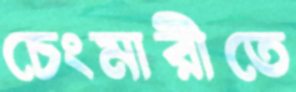
চেংমারীতে